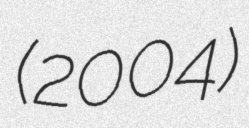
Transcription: (2004)